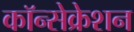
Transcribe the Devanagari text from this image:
कॉन्सेक्रेशन